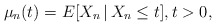
\begin{align*}\mu_n(t)=E[X_n\,|\,X_n\leq t],t>0,\end{align*}